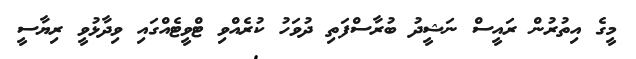
މީގެ އިތުރުން ރައީސް ނަޝީދު ބުރާސްފަތި ދުވަހު ކުރެއްވި ޓްވީޓެއްގައި ވިދާޅުވީ ރިޔާސީ